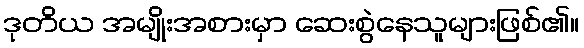
ဒုတိယ အမျိုးအစားမှာ ဆေးစွဲနေသူများဖြစ်၏။